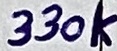
Text: 330k